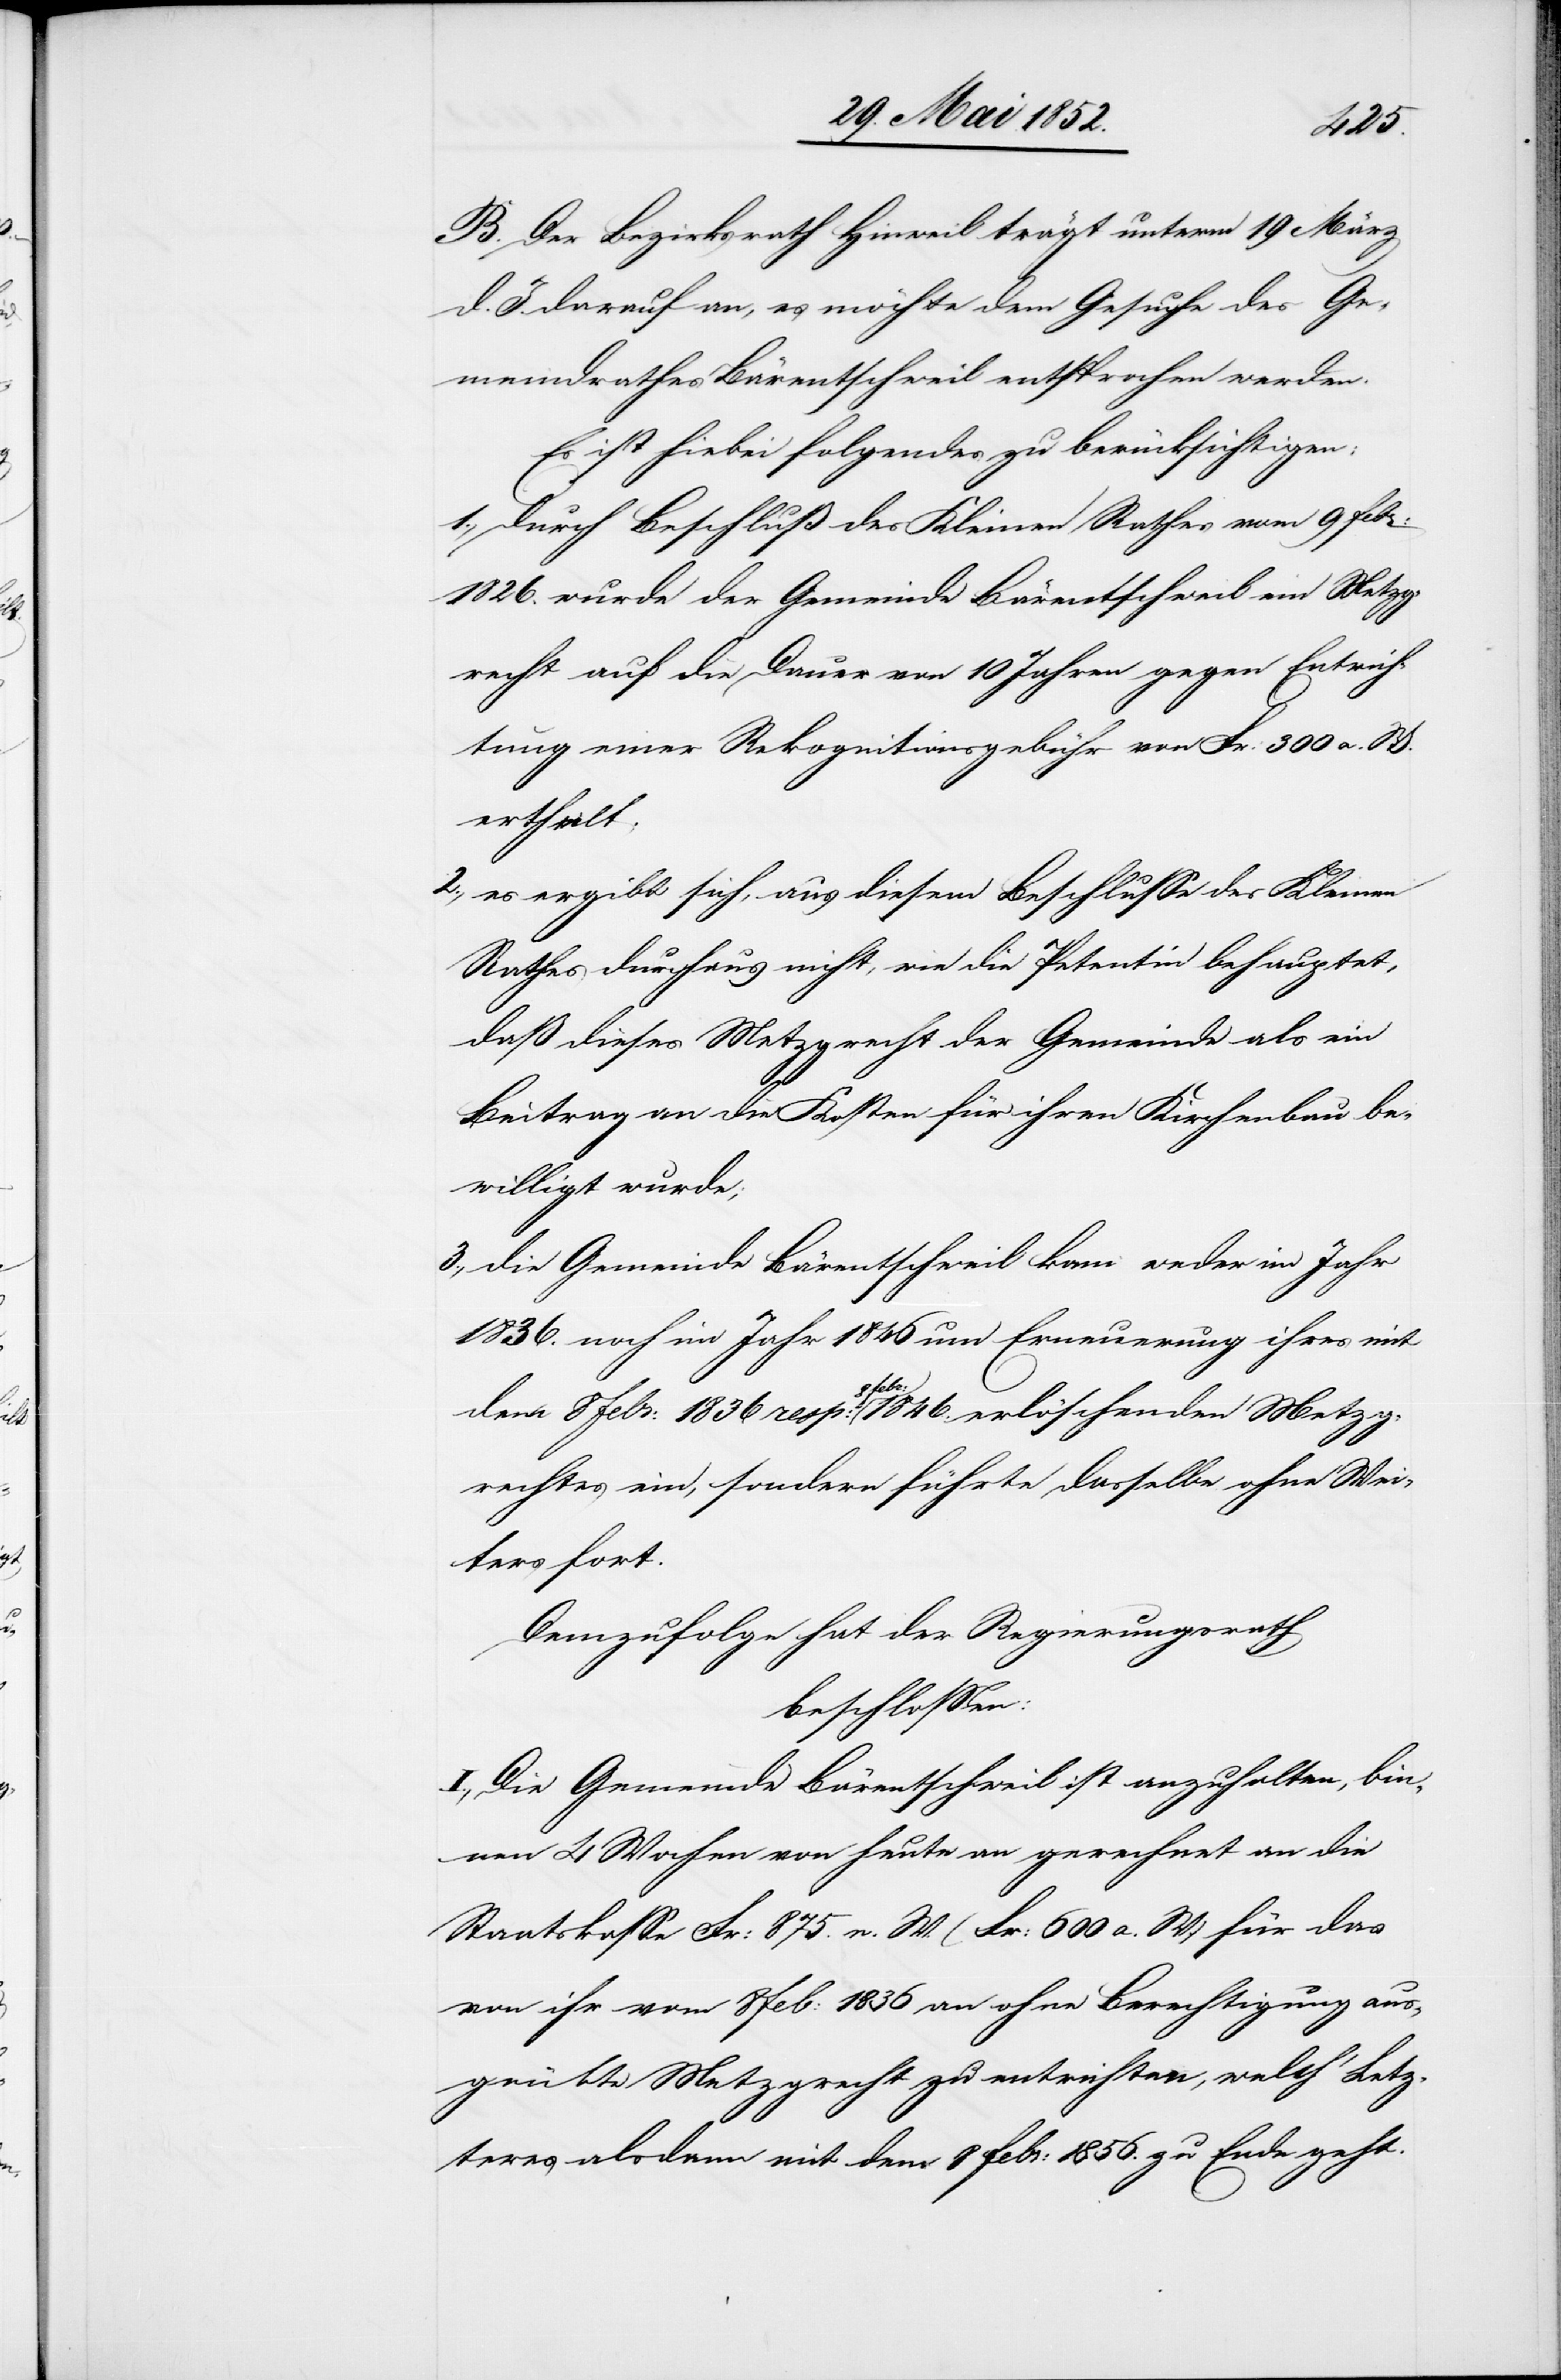
B. Der Bezirksrath Hinweil trägt unterm 19 März
d. J. darauf an, es möchte dem Gesuche des Ge¬
meindrathes Bärentschweil entsprochen werden.
Es ist hiebei folgendes zu berücksichtigen:
durch Beschluß des Kleinen Rathes vom 9 Febr:
1826. wurde der Gemeinde Bärentschweil ein Metzg¬
recht auf die Dauer von 10 Jahren gegen Entrich¬
tung einer Rekognitionsgebühr von Fr: 300 a. W.
ertheilt;
es ergibt sich, aus diesem Beschlusse des Kleinen
Rathes durchaus nicht, wie die Petentin behauptet,
daß dieses Metzgrecht der Gemeinde als ein
Beitrag an die Kosten für ihren Kirchenbau be¬
willigt wurde;
die Gemeinde Bärentschweil kam weder im Jahr
1836. noch im Jahr 1846 um Erneuerung ihres mit
dem 8 Febr: 1836 resp: 8 Febr: 1846. erlöschenden Metzg¬
rechtes ein, sondern führte dasselbe ohne Wei¬
ters fort.
Demzufolge hat der Regierungsrath
beschlossen:
I., Die Gemeinde Bärentschweil ist anzuhalten, bin¬
nen 4 Wochen von heute an gerechnet an die
Staatskasse Fr: 875. n. W. (Fr: 600 a. W.) für das
von ihr vom 8 Feb: 1836 an ohne Berechtigung aus¬
geübte Metzgrecht zu entrichten, welch‘ Letz¬
teres alsdann mit dem 8 Febr: 1856. zu Ende geht.